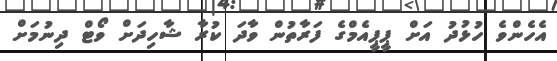
އެހެންވެ ހުޅުދު އަށް ޕީޕީއެމްގެ ފަރާތުން ވާދަ ކުރާ ޝާހިދަށް ވޯޓް ދިނުމަށް